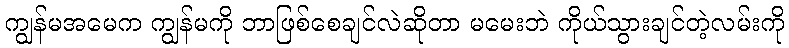
ကျွန်မအမေက ကျွန်မကို ဘာဖြစ်စေချင်လဲဆိုတာ မမေးဘဲ ကိုယ်သွားချင်တဲ့လမ်းကို